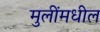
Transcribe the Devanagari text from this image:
मुलींमधील